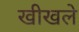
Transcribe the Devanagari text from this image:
खीखले